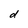
Character: d